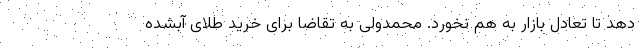
دهد تا تعادل بازار به هم نخورد. محمدولی به تقاضا برای خرید طلای آبشده